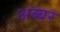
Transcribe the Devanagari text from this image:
अब्बर